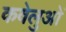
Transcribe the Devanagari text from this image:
कवेलुओं